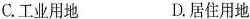
C.工业用地 D.居住用地